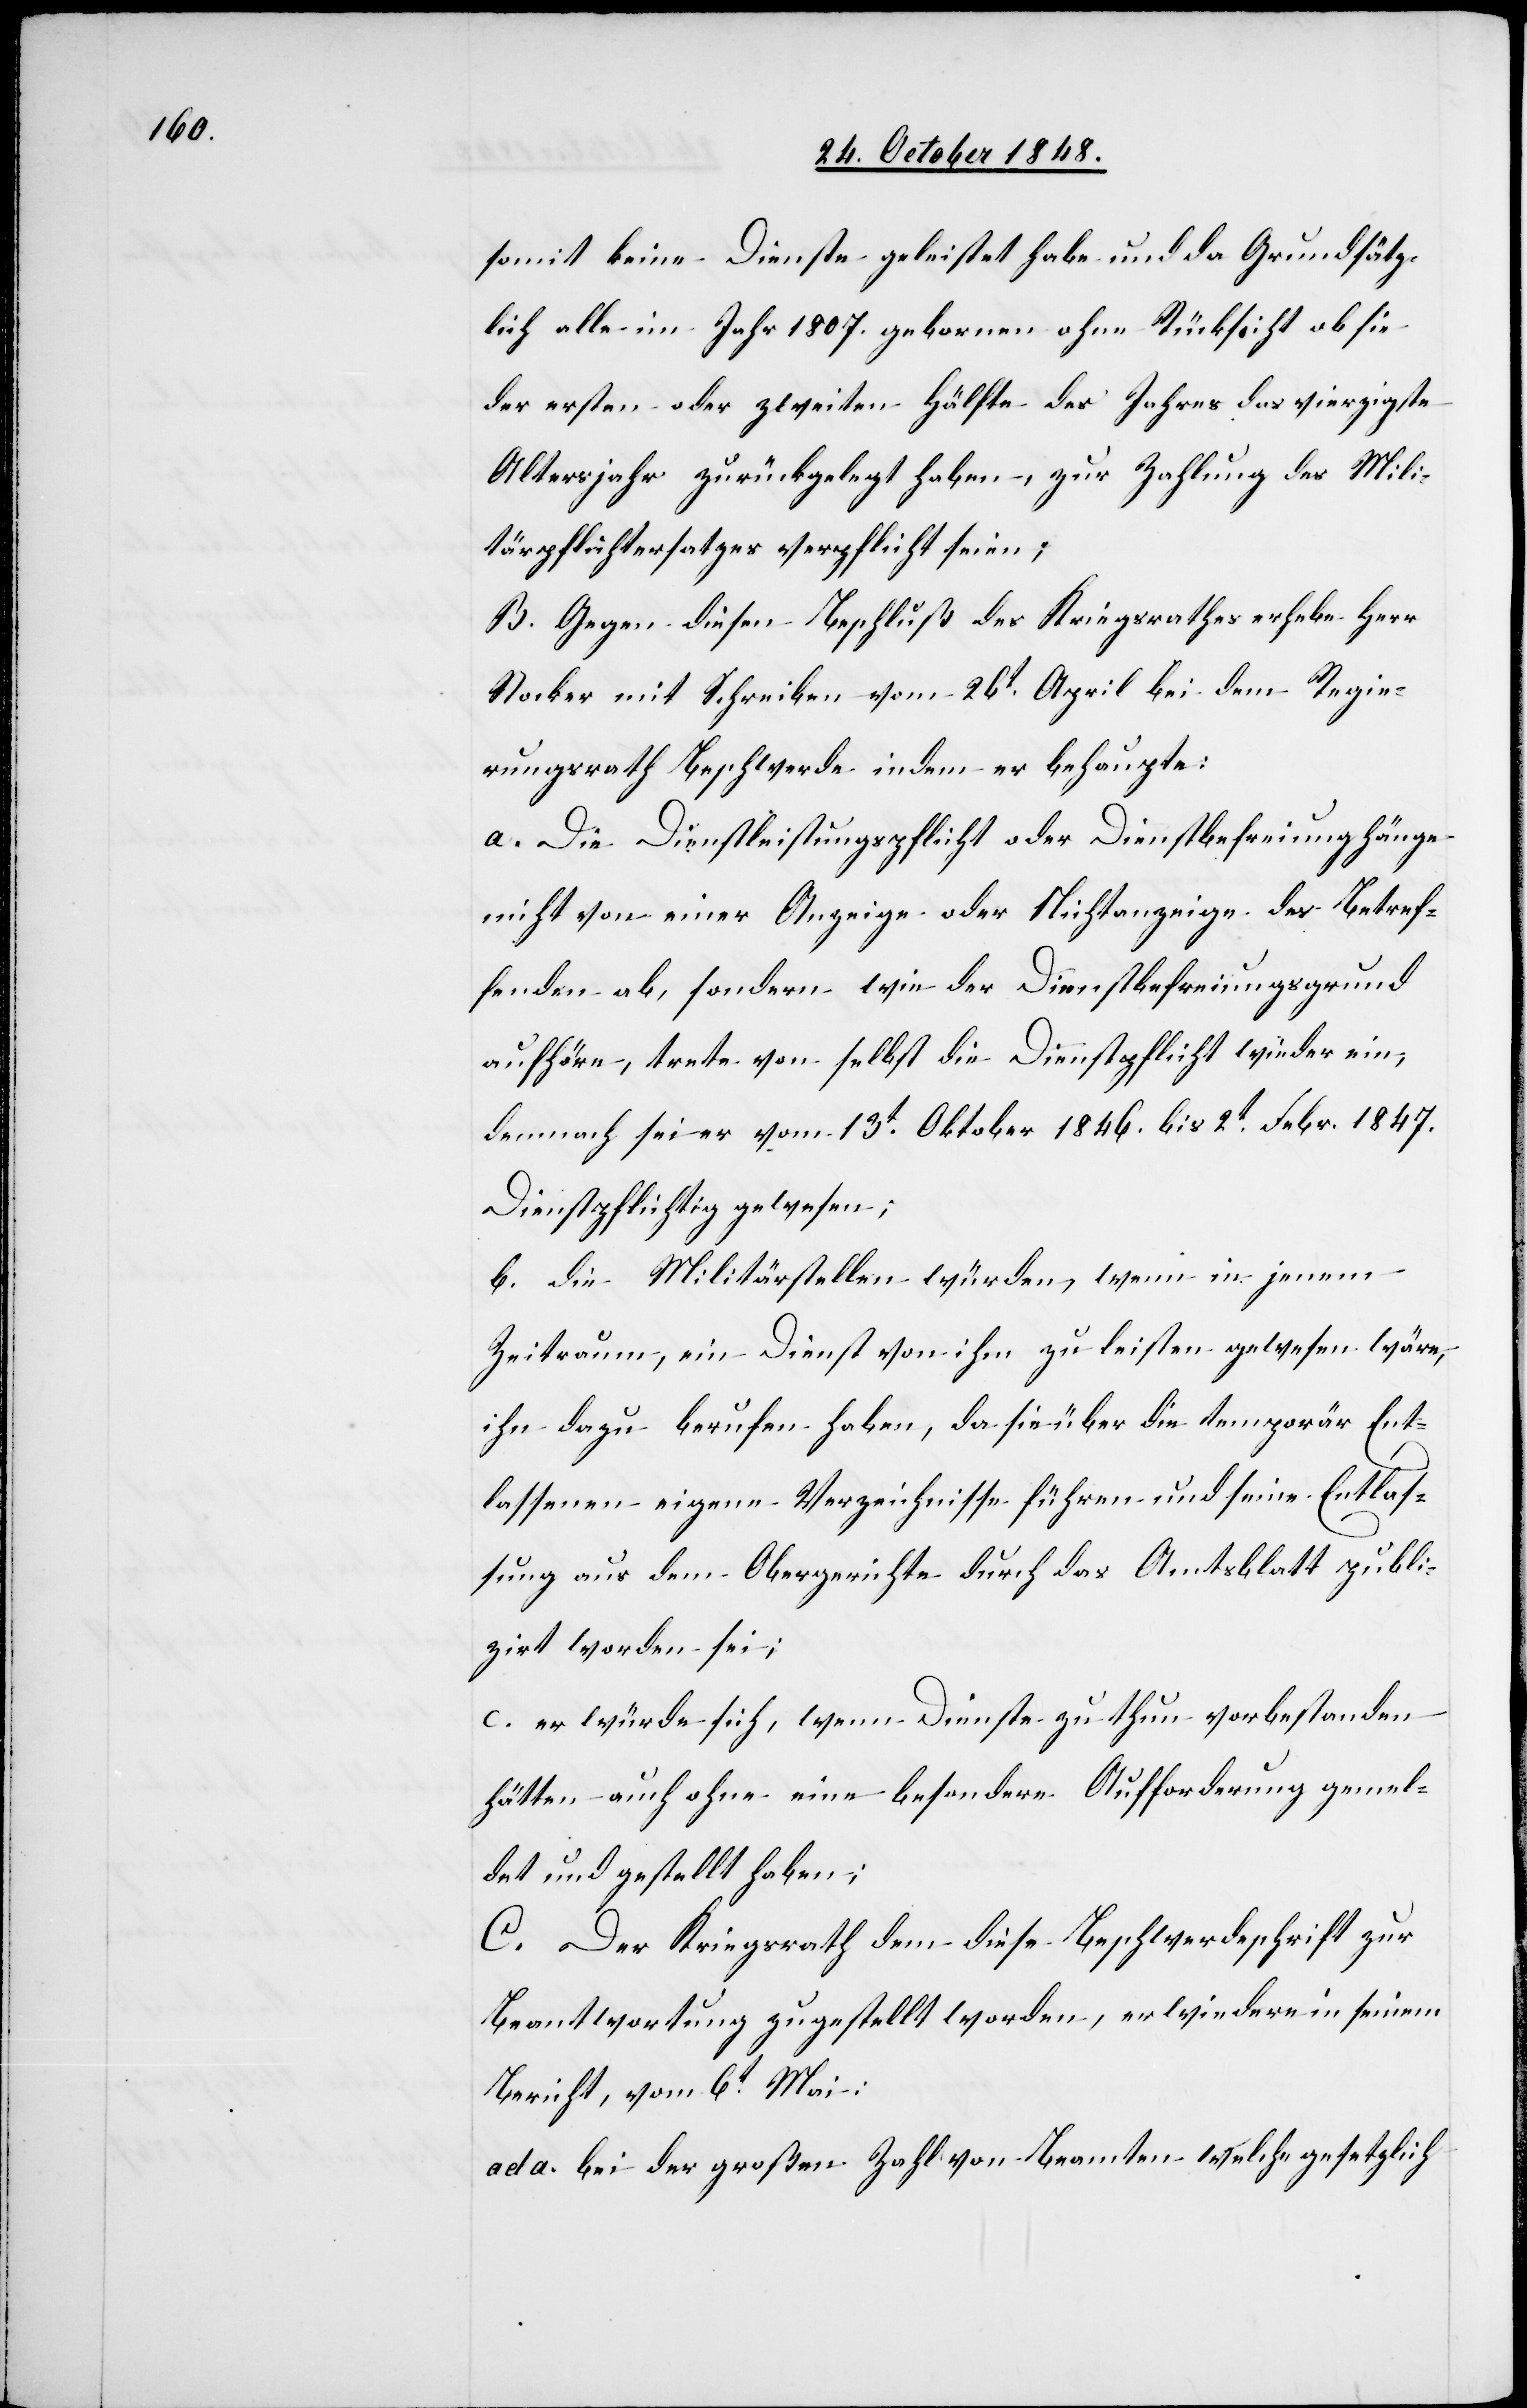
somit keinen Dienste geleistet habe und da Grundsätz¬
lich alle im Jahr 1807. gebornen ohne Rücksicht ob sie
der ersten oder zweiten Hälfte des Jahres das vierzigste
Altersjahr zurückgelegt haben, zur Zahlung des Mili¬
tärpflichtersatzes verpflicht[et]
B. Gegen diesen Beschluß des Kriegsrathes erhebe Herr
Stocker mit Schreiben vom 26t April bei dem Regie¬
rungsrath Beschwerde indem er behaupte:
a. Die Dienstleistungspflicht oder Dienstbefreiung hänge
nicht von einer Anzeige oder Nichtanzeige des Betref¬
fenden ab, sondern wie der Dienstbefreiungsgrund
aufhöre, trete von selbst die Dienstpflicht wieder ein,
demnach sei er vom 13t Oktober 1846. bis 2t Febr. 1847.
Dienstpflichtig gewesen;
b. die Militärstellen würden, wenn in jenem
Zeitraum, ein Dienst von ihm zu leisten gewesen wäre,
ihn dazu berufen haben, da sie über die temporäre Ent¬
lassenen eigene Verzeichnisse führen und seine Entlas¬
sung aus dem Obergerichte durch das Amtblatt publi¬
zirt worden sei;
c. er würde sich, wenn Dienste zu thun vorbestanden
hätten, auch ohne eine besondere Aufforderung gemel¬
det und gestellt haben;
C. Der Kriegsrath dem diese Beschwerdeschrift zur
Beantwortung zugestellt worden, erwiedere in seinem
Bericht, vom 6t Mai:
ad a. bei der großen Zahl von Beamten welche gesetzlich